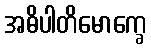
အဓိပါတိမောက္ခေ